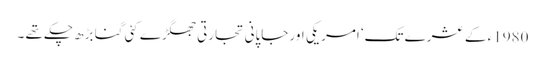
1980ء کے عشرے تک‘ امریکی اور جاپانی تجارتی جھگڑے کئی گنا بڑھ چکے تھے ۔